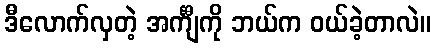
ဒီလောက်လှတဲ့ အင်္ကျီကို ဘယ်က ဝယ်ခဲ့တာလဲ။